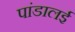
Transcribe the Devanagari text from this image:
पांडालई